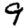
Digit: 9